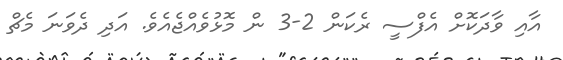
އާއި ވާދަކޮށް އެފްސީ ރެކަން 2-3 ން މޮޅުވެއްޖެއެވެ. އަދި ދެވަނަ މެޗް